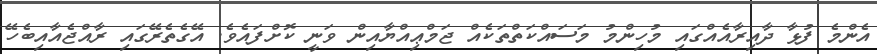
އެންމެ ފުޅާ ދާއިރާއެއްގައި މުހިންމު މަސައްކަތްތަކެއް ޖަމްޢިއްޔާއިން ވަނީ ކޮށްފައެވެ. އޭގެތެރޭގައި ރާއްޖެއާއިބެހޭ